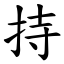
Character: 持